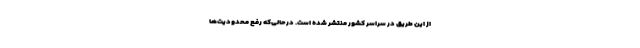
از این طریق در سراسر کشور منتشر شده است. درحالی‌که رفع محدودیت‌ها